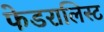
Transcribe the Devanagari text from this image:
फेडरालिस्ट